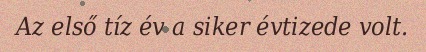
Az első tíz év a siker évtizede volt.